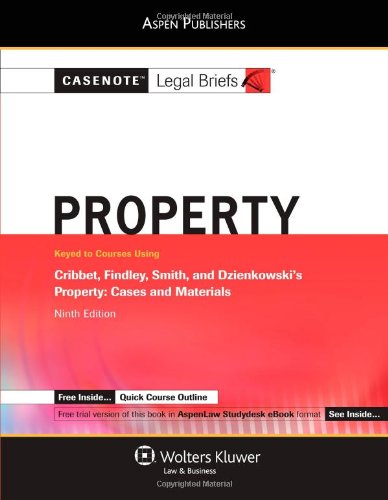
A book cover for Casenote Legal Briefs: Property: Keyed to Cribbet, Findley, Smith, and Dzienkowski's Property, 9th Ed.; Casenote Legal Briefs; Law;